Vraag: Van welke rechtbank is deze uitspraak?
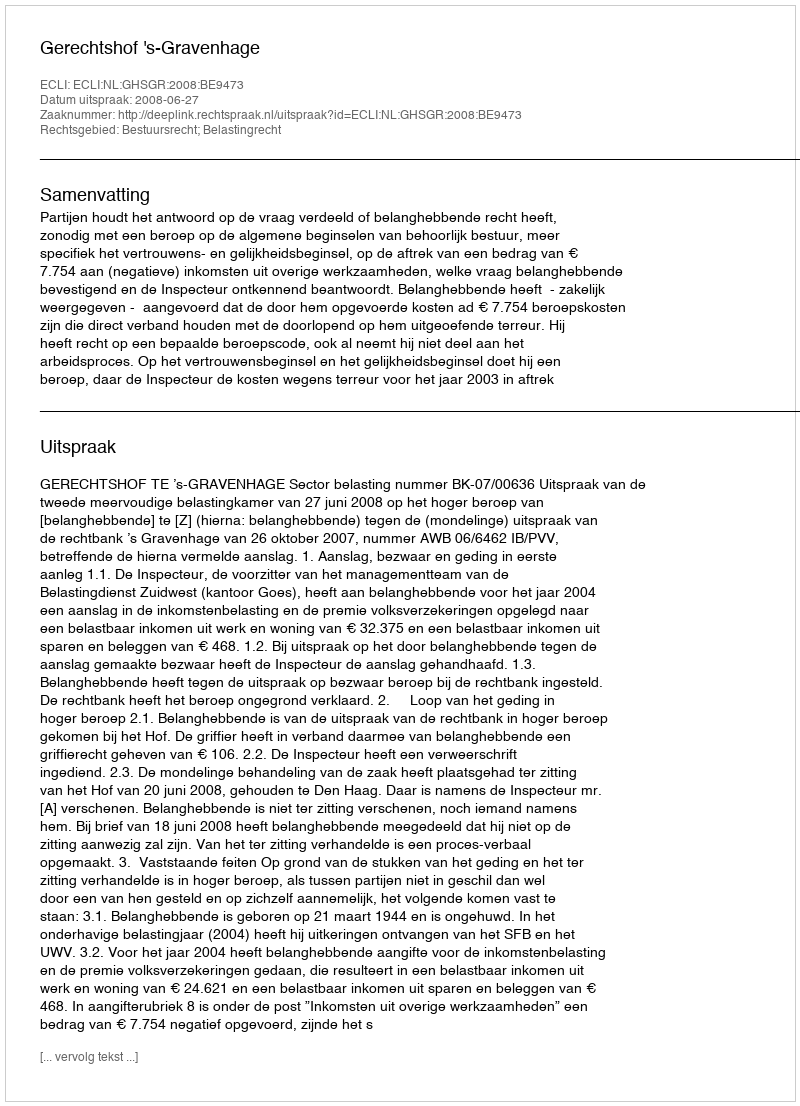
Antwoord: Gerechtshof 's-Gravenhage